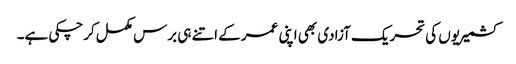
کشمیریوں کی تحریک آزادی بھی اپنی عمر کے اتنے ہی برس مکمل کرچکی ہے۔